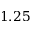
1 . 2 5